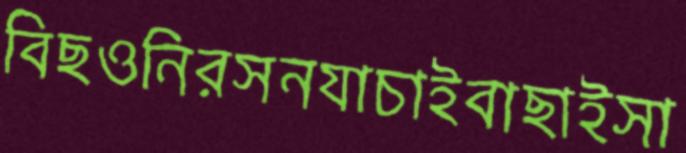
বিছওনিরসনযাচাইবাছাইসা